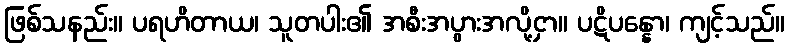
ဖြစ်သနည်း။ ပရဟိတာယ၊ သူတပါး၏ အစီးအပွားအလို့ငှာ။ ပဋိပန္နော၊ ကျင့်သည်။